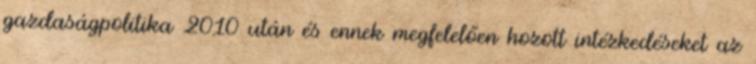
gazdaságpolitika 2010 után és ennek megfelelően hozott intézkedéseket az